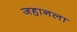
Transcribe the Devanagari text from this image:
जहानला